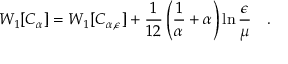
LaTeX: W _ { 1 } [ C _ { \alpha } ] = W _ { 1 } [ C _ { \alpha , \epsilon } ] + { \frac { 1 } { 1 2 } } \left( { \frac { 1 } { \alpha } } + \alpha \right) \ln { \frac { \epsilon } { \mu } } ~ ~ ~ .